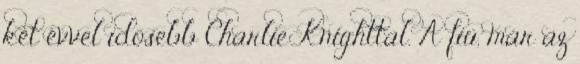
két évvel idõsebb Charlie Knighttal. A fiú, már az